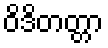
ဝိဒိတတ္တာ